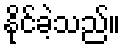
နိုင်ခဲ့သည်။